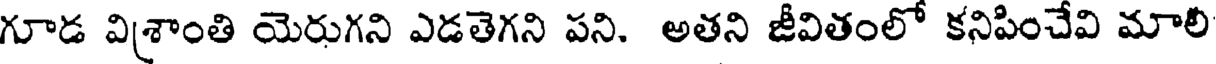
గూడ విశ్రాంతి యెరుగని ఎడతెగని పని. అతని జీవితంలో కనిపించేవి మాలీ